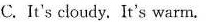
C. It's cloudy. It's warm.